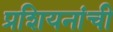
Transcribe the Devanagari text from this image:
प्रशियनांची